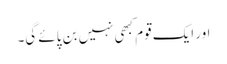
اور ایک قوم کبھی نہیں بن پائے گی۔